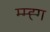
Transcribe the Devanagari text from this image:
म्म्ह्ग